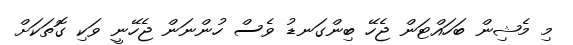
މި މެޝިން ބަހައްޓަން ޖެހޭ ބިންގަނޑު ވެސް ހުންނަން ޖެހޭނީ ވަކި ގޮތަކަށް